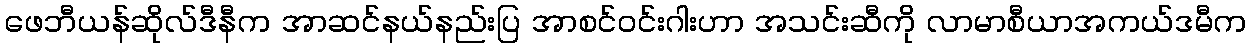
ဖေဘီယန်ဆိုလ်ဒီနီက အာဆင်နယ်နည်းပြ အာစင်ဝင်းဂါးဟာ အသင်းဆီကို လာမာစီယာအကယ်ဒမီက